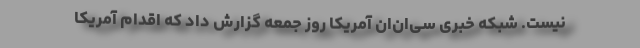
نیست. شبکه خبری سی‌ان‌ان آمریکا روز جمعه گزارش داد که اقدام آمریکا